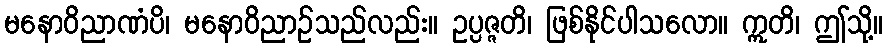
မနောဝိညာဏံပိ၊ မနောဝိညာဉ်သည်လည်း။ ဥပ္ပဇ္ဇတိ၊ ဖြစ်နိုင်ပါသလော။ ဣတိ၊ ဤသို့။